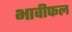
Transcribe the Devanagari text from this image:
भावीफल